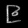
Digit: ၉